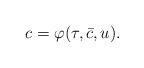
LaTeX: \begin{align*}c = \varphi(\tau,\bar c , u).\end{align*}